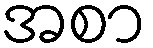
အစာ